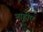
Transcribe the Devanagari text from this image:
नाहीए